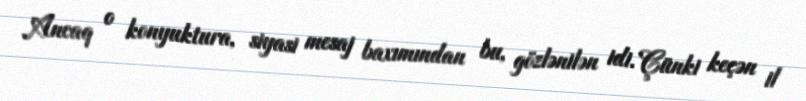
Ancaq o konyuktura, siyasi mesaj baxımından bu, gözlənilən idi. Çünki keçən il